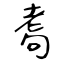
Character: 耈